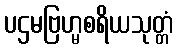
ပဌမဗြဟ္မစရိယသုတ္တံ